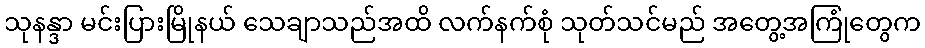
သုနန္ဒာ မင်းပြားမြိုနယ် သေချာသည်အထိ လက်နက်စုံ သုတ်သင်မည် အတွေ့အကြုံတွေက